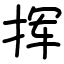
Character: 挥